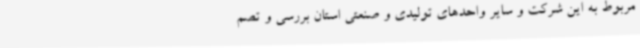
مربوط به این شرکت و سایر واحدهای تولیدی و صنعتی استان بررسی و تصم